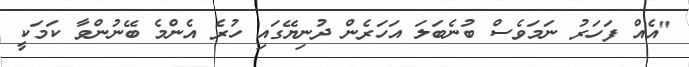
"އެއް ފަހަރު ނަމަވެސް ބުނެބަލަ އަހަރެން ދުނިޔޭގައި ހުރެ އެންމެ ބޭނުންވާ ކަމަކީ